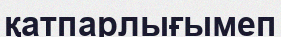
қатпарлығымеп